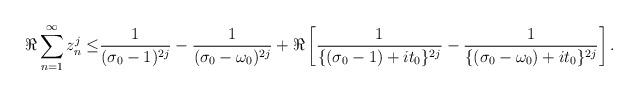
LaTeX: \begin{align*} \Re \sum_{n=1}^{\infty} z_n^{j} \leq & \frac{1}{(\sigma_0-1)^{2j}} - \frac{1}{(\sigma_0-\omega_0)^{2j}} +\Re \left[\frac{1}{\{(\sigma_0-1)+it_0\}^{2j}}-\frac{1}{\{(\sigma_0-\omega_0)+it_0\}^{2j}}\right].\end{align*}